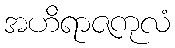
အဟိရာဇကုလံ